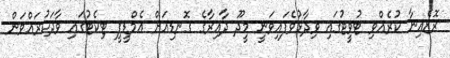
ރޮޒެއިނާ ކުރެއްވި ޓުވީޓުގައި ވިދާޅުވެފައިވަނީ މީދޫ ދާއިރާގެ ގޮނޑިއަށް އެމްޑީޕީ ޓިކެޓުގައި ވާދަކުރައްވަން